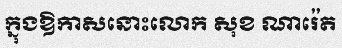
ក្នុងឱកាសនោះលោក សុខ ណារ៉េត